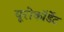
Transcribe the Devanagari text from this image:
यूरोकॉर्डेट